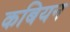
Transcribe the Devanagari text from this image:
कबियन